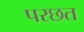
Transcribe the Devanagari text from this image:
परछत